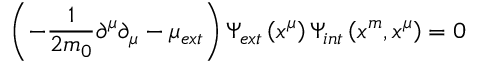
\left( - \frac { 1 } { 2 m _ { 0 } } \partial ^ { \mu } \partial _ { \mu } - \mu _ { e x t } \right) \Psi _ { e x t } \left( x ^ { \mu } \right) \Psi _ { i n t } \left( x ^ { m } , x ^ { \mu } \right) = 0